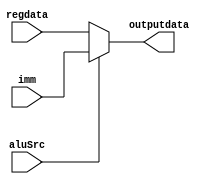
`timescale 1ns / 1ps
//////////////////////////////////////////////////////////////////////////////////
// Company: 
// Engineer: 
// 
// Design Name: 
// Module Name: Reg_Imm_selector
// Project Name: 
// Target Devices: 
// Tool Versions: 
// Description: 
// 
// Dependencies: 
// 
// Revision:
// Revision 0.01 - File Created
// Additional Comments:
// 
//////////////////////////////////////////////////////////////////////////////////


module Reg_Imm_selector(
    input[31:0] regdata,
    input[31:0] imm,
    input aluSrc,
    output reg[31:0] outputdata
    );
    
    initial begin
        outputdata = 0;
    end
    
    always @(aluSrc or regdata or imm) begin
        if(aluSrc == 0) begin
            outputdata = regdata;
            $display("Reg_Imm_outdata is regdata%d",outputdata);
        end
        else begin
            outputdata = imm;
            $display("Reg_Imm_outdata is imm%d",outputdata);
        end
        
    end
endmodule